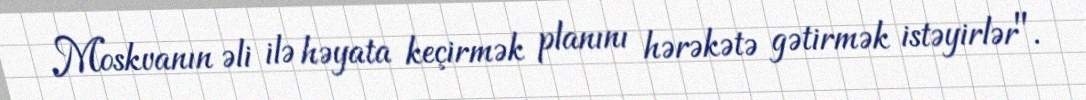
Moskvanın əli ilə həyata keçirmək planını hərəkətə gətirmək istəyirlər".